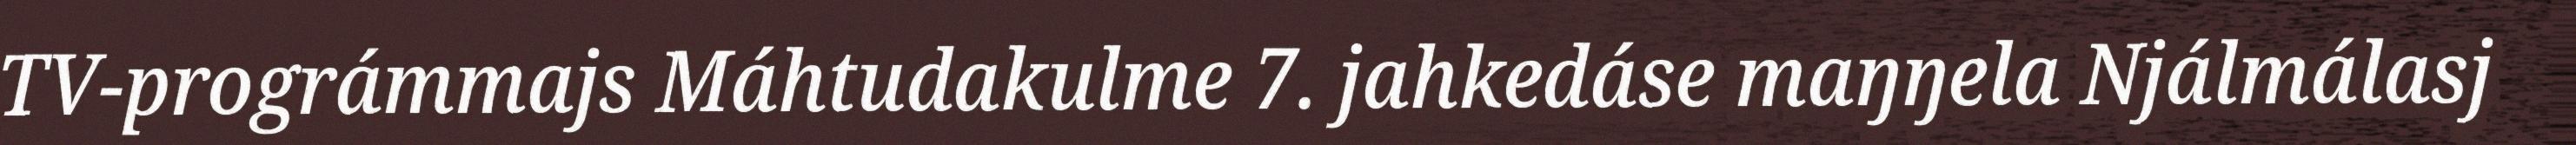
TV-prográmmajs Máhtudakulme 7. jahkedáse maŋŋela Njálmálasj